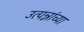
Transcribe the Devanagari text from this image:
उत्पन्नांच्या